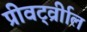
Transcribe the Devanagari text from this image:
प्रीवर्ट्व्रीाल